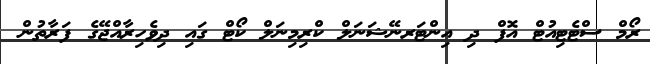
ރޯމް ސްޓެޓިއުޓް އޮފް ދި އިންޓަރނޭޝަނަލް ކްރިމިނަލް ކޯޓް ގައި ދިވެހިރާއްޖޭގެ ފަރާތުން